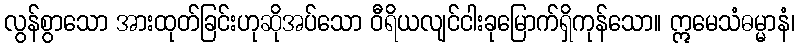
လွန်စွာသော အားထုတ်ခြင်းဟုဆိုအပ်သော ဝီရိယလျင်ငါးခုမြောက်ရှိကုန်သော။ ဣမေသံဓမ္မာနံ၊